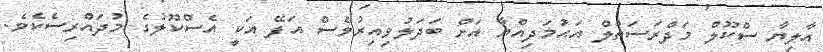
އާލިޔާ ސްކޫލް މަދްރަސަތުލް އަޙުމަދިއްޔާ އަށް ބަދަލުވިއިރުވެސް އަފޭ އަކީ އެސްކޫލުގެ މުދައްރިސެކެވެ.